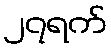
၂၇ရက်